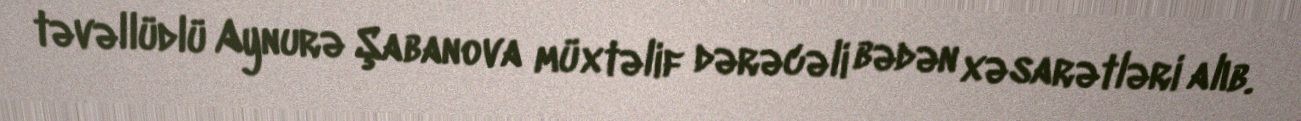
təvəllüdlü Aynurə Şabanova müxtəlif dərəcəli bədən xəsarətləri alıb.